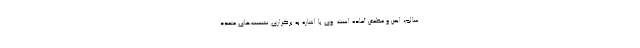
سالم، ایمن و مطمئن آماده است. وی با اشاره به برگزاری نشست‌های متعدد